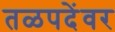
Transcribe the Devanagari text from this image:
तळपदेंवर